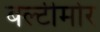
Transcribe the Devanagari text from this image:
बल्टीमोर